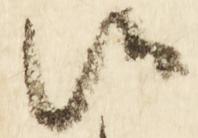
候